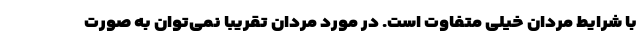
با شرایط مردان خیلی متفاوت است. در مورد مردان تقریبا نمی‌توان به صورت